Report on the working of the mental hospitals for Indians in Bihar and Orissa - 1925-1929
Year: 1925
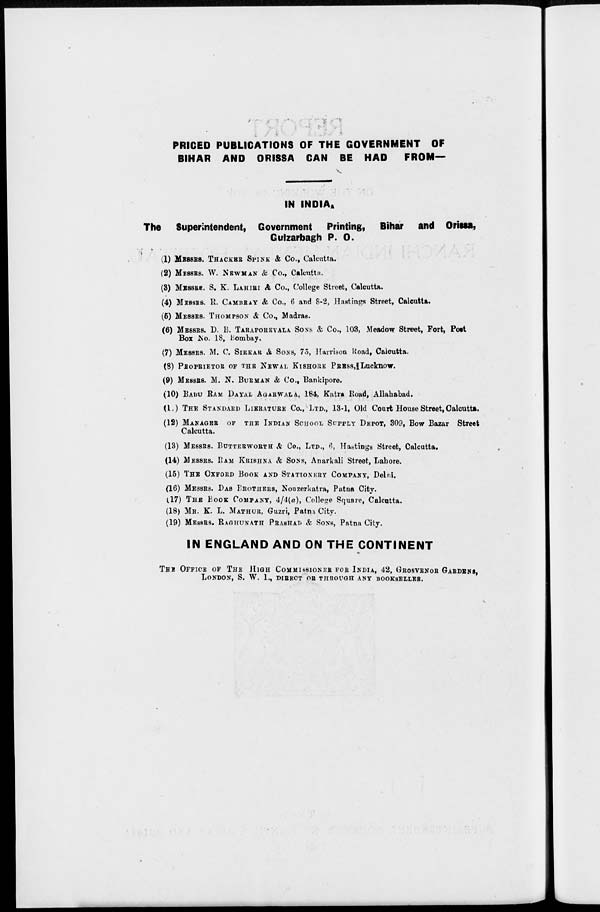
PRICED PUBLICATIONS OF THE GOVERNMENT OF
BIHAR AND ORISSA CAN BE HAD
FROM—
IN INDIA.
The Superintendent, Government Printing, Bihar and Orissa,
Gulzarbagh P. O.
(1) MESSRS. THACKER SPINK & Co., Calcutta.
(2) MESSRS. W. NEWMAN & Co., Calcutta.
(3) MESSRS. S. K. LAHIRI & Co., College Street, Calcutta.
(4) MESSRS. R. CAMBAY & Co., 6 and 8-2, Hastings Street, Calcutta.
(5) MESSRS. THOMPSON & Co., Madras.
(6) MESSRS. D. B. TARAPOREVALA SONS & Co., 103, Meadow Street, Fort, Post
Box No. 18, Bombay.
(7) MESSRS. M. C. SIRKAR & SONS, 75, Harrison Road, Calcutta.
(8) PROPRIETOR OF THE NEWAL KISHORE PRESS, Lucknow.
(9) MESSRS. M. N. BURMAN & Co., Bankipore.
(10) BABU RAM DAYAL AGARWALA, 184, Katra Road, Allahabad.
(11) THE STANDARD LIERATURE Co., LTD., 13-1, Old Court House Street, Calcutta.
(12) MANAGER OF THE INDIAN SCHOOL SUPPLY DEPOT, 309, Bow Bazar Street
Calcutta.
(13) MESSRS. BUTTERWORTH & Co., LTD., 6, Hastings Street, Calcutta.
(14) MESSRS. RAM KRISHNA & SONS, Anarkali Street, Lahore.
(15) THE OXFORD BOOK AND STATIONERY COMPANY, Delhi.
(16) MESSRS. DAS BROTHERS, Nouzerkatra, Patna City.
(17) THE BOOK COMPANY, 4/4(a), College Square, Calcutta.
(18) MR. K. L. MATHUR, Guzri, Patna City.
(19) MESSRS. RAGHUNATH PRASHAD & SONS, Patna City.
IN ENGLAND AND ON THE CONTINENT
THE OFFICE OF THE HIGH COMMISSIONER FOR INDIA, 42, GROSVENOR GARDENS,
LONDON, S. W. 1., DIRECT OR THROUGH ANY BOOKSELLER.